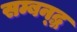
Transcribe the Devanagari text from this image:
सम्बन्द्ध